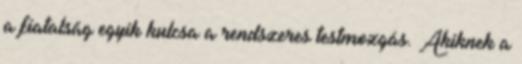
a fiatalság egyik kulcsa a rendszeres testmozgás. Akiknek a